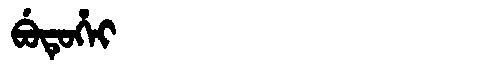
Manchu: ᠪᡠᡨᡠᡥᡝᡳ
Romanization: BUTUHEI